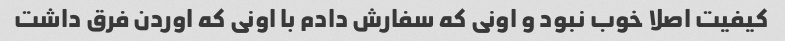
کیفیت اصلا خوب نبود و اونی که سفارش دادم با اونی که اوردن فرق داشت